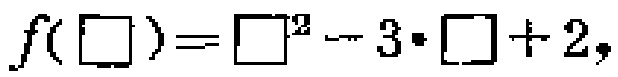
\(f(\square)=\square^{2}-3\cdot\square + 2\)